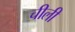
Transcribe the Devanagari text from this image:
चीली